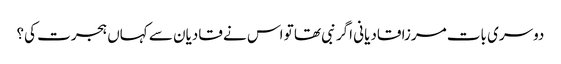
دوسری بات مرزا قادیانی اگر نبی تھا تو اس نے قادیان سے کہاں ہجرت کی؟